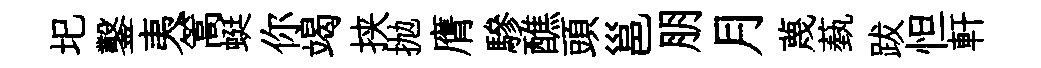
圯鑿夷篙蜓你竭挟抛膺驂醮頭邕朋月蔑蓺跋怛軒